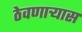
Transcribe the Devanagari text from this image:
ठेवणाऱ्यास